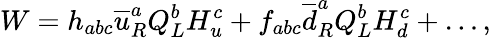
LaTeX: W=h_{abc}\overline{{{u}}}_{R}^{a}Q_{L}^{b}H_{u}^{c}+f_{abc}\overline{{{d}}}_{R}^{a}Q_{L}^{b}H_{d}^{c}+\ldots,